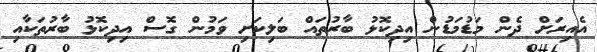
އެއިރަށް ދެން މަޑުމަޑުން އިދިކޮޅު ބާރުތައް ބަލިކަށި ވަމުން ގޮސް އިދިކޮޅު ބާރުތަކާއި